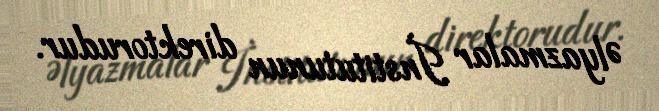
Əlyazmalar İnstitutunun direktorudur.